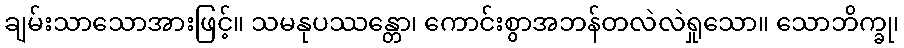
ချမ်းသာသောအားဖြင့်။ သမနုပဿန္တော၊ ကောင်းစွာအဘန်တလဲလဲရှုသော။ သောဘိက္ခု၊